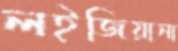
লইজিয়ানা